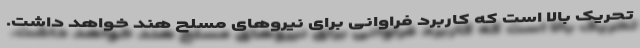
تحریک بالا است که کاربرد فراوانی برای نیروهای مسلح هند خواهد داشت.